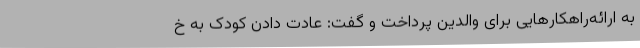
به ارائه‌راهکارهایی برای والدین پرداخت و گفت: عادت دادن کودک به خ